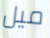
ميل